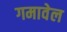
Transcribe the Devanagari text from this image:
गमावेल